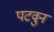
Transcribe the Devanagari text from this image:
पटवुन